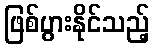
ဖြစ်ပွားနိုင်သည့်